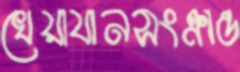
খেয়াযানসংক্রান্ত